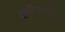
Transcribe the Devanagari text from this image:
काॅनडाॅर